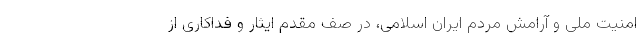
امنیت ملی و آرامش مردم ایران اسلامی، در صف مقدم ایثار و فداکاری از